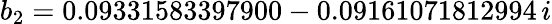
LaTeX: b_{2}=0.09331583397900-0.09161071812994\, i